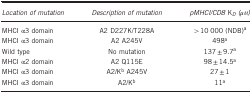
<table><thead><tr><td><b><i>Location of mutation</i></b></td><td><b><i>Description of mutation</i></b></td><td><b><i>pMHCI/CD8</i> K<sub><i>D</i></sub><i>(μM)</i></b></td></tr></thead><tbody><tr><td>MHCI α3 domain</td><td>A2 D227K/T228A</td><td>&gt;10 000 (NDB)a</td></tr><tr><td>MHCI α3 domain</td><td>A2 A245V</td><td>498a</td></tr><tr><td>Wild type</td><td>No mutation</td><td>137±9.7a</td></tr><tr><td>MHCI α2 domain</td><td>A2 Q115E</td><td>98±14.5a</td></tr><tr><td>MHCI α3 domain</td><td>A2/K<sup>b</sup> A245V</td><td>27±1</td></tr><tr><td>MHCI α3 domain</td><td>A2/K<sup>b</sup></td><td>11a</td></tr></tbody></table>